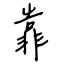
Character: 靠